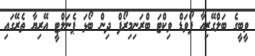
ވީބީގެ ބަލްގޭރިއާ ފޯވަޑް ވިކްޓަ ބްރަނިމިރޯފް ދިން ބޯޅަ ޕެނަލްޓީ އޭރިޔާ ތެރޭގައި